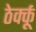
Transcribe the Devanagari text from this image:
ठेर्क्कू